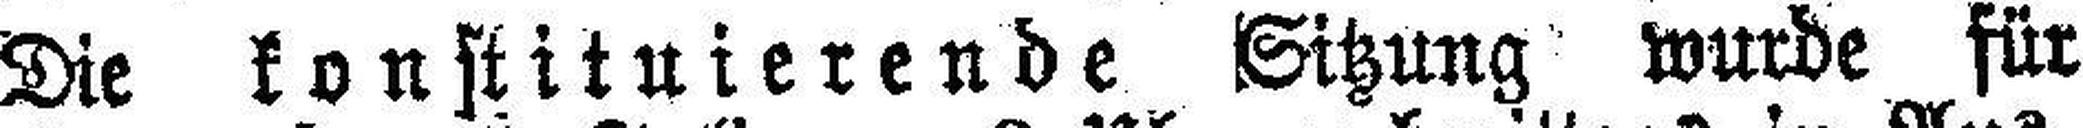
Die konstituierende Sitzung wurde für